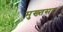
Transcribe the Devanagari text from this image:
मुख्तसर